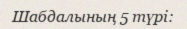
Шабдалының 5 түрі: